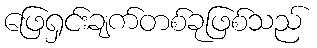
ဖြေရှင်းချက်တစ်ခုဖြစ်သည်